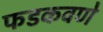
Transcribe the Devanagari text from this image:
फडकवणे